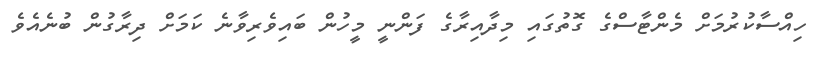
ހިއްސާކުރުމަށް މެންޓާސްގެ ގޮތުގައި މިދާއިރާގެ ފަންނީ މީހުން ބައިވެރިވާނެ ކަމަށް ދިރާގުން ބުނެއެވެ